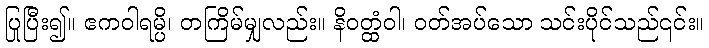
ပြုပြီး၍။ ဧကဝါရမ္ပိ၊ တကြိမ်မျှလည်း။ နိဝတ္ထံဝါ၊ ဝတ်အပ်သော သင်းပိုင်သည်၎င်း။